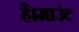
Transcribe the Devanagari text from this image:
है।माउंट